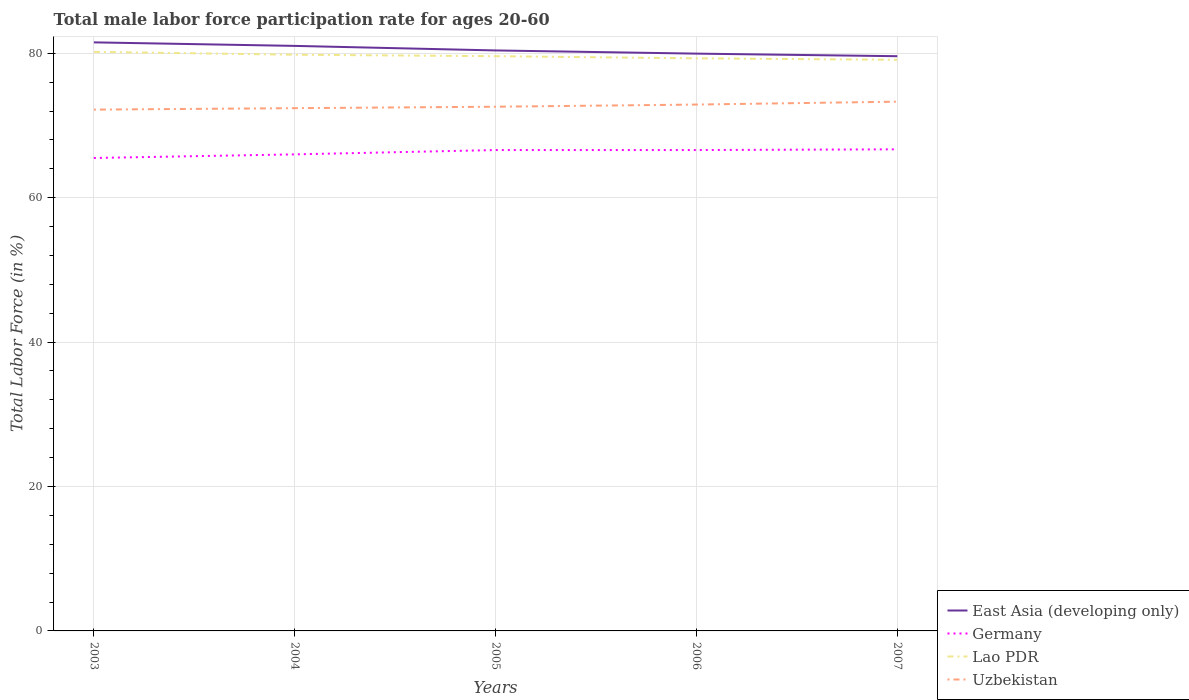
| Years | East Asia (developing only) | Germany | Lao PDR | Uzbekistan |
 | --- | --- | --- | --- | --- |
 | 2003 | 81.5 | 65.5 | 80.2 | 72.2 |
 | 2004 | 81 | 66 | 79.8 | 72.4 |
 | 2005 | 80.4 | 66.6 | 79.6 | 72.6 |
 | 2006 | 80 | 66.6 | 79.3 | 72.9 |
 | 2007 | 79.6 | 66.7 | 79.1 | 73.3 |